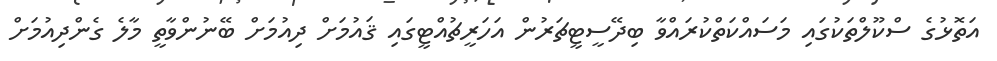
އަތޮޅުގެ ސްކޫލްތަކުގައި މަސައްކަތްކުރައްވާ ބިދޭސީޓީޗަރުން އަހަރީޗުއްޓީގައި ޤައުމަށް ދިއުމަށް ބޭނުންވާތީ މާލެ ގެންދިއުމަށް